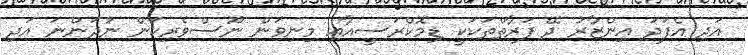
އަދި އެފަދަ އިންޒާރު ދޭ ފަރާތްތަކަކީ ޑިމޮކްރަސީއާއި މިނިވަން ނޫސްވެރިކަން ނުދަންނަ އަދި